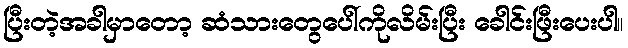
ပြီးတဲ့အခါမှာတော့ ဆံသားတွေပေါ်ကိုလိမ်းပြီး ခေါင်းဖြီးပေးပါ။